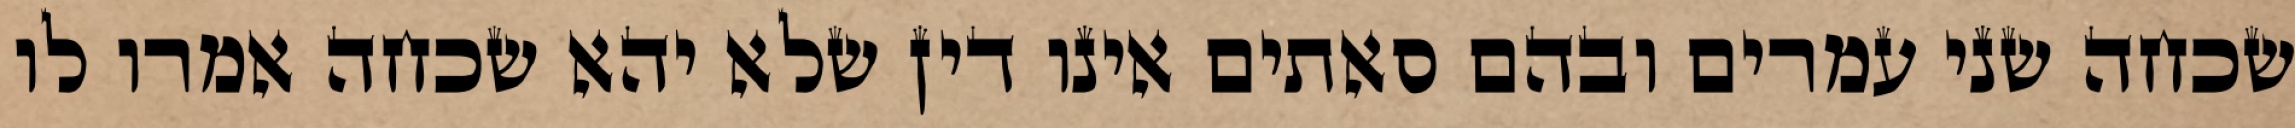
שכחה שני עמרים ובהם סאתים אינו דין שלא יהא שכחה אמרו לו